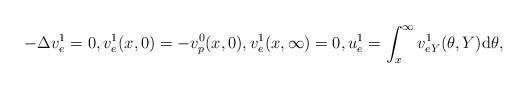
LaTeX: \begin{align*} -\Delta v_e^1=0,v_e^1(x,0)=-v_p^0(x,0),v_e^1(x,\infty)=0,u_e^1=\int_x^\infty v_{eY}^1(\theta,Y){\rm d}\theta,\end{align*}